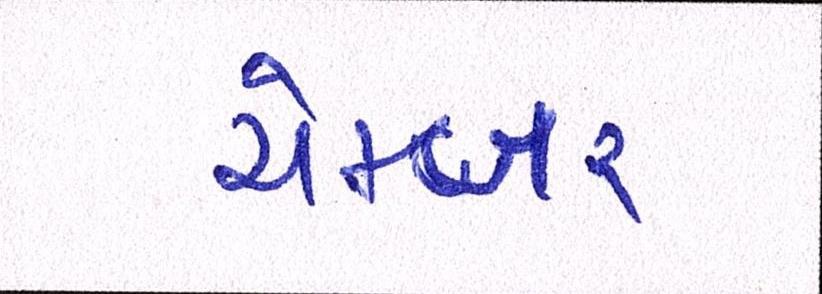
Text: ચેમ્બર